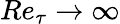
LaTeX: Re_{\tau}\rightarrow\infty